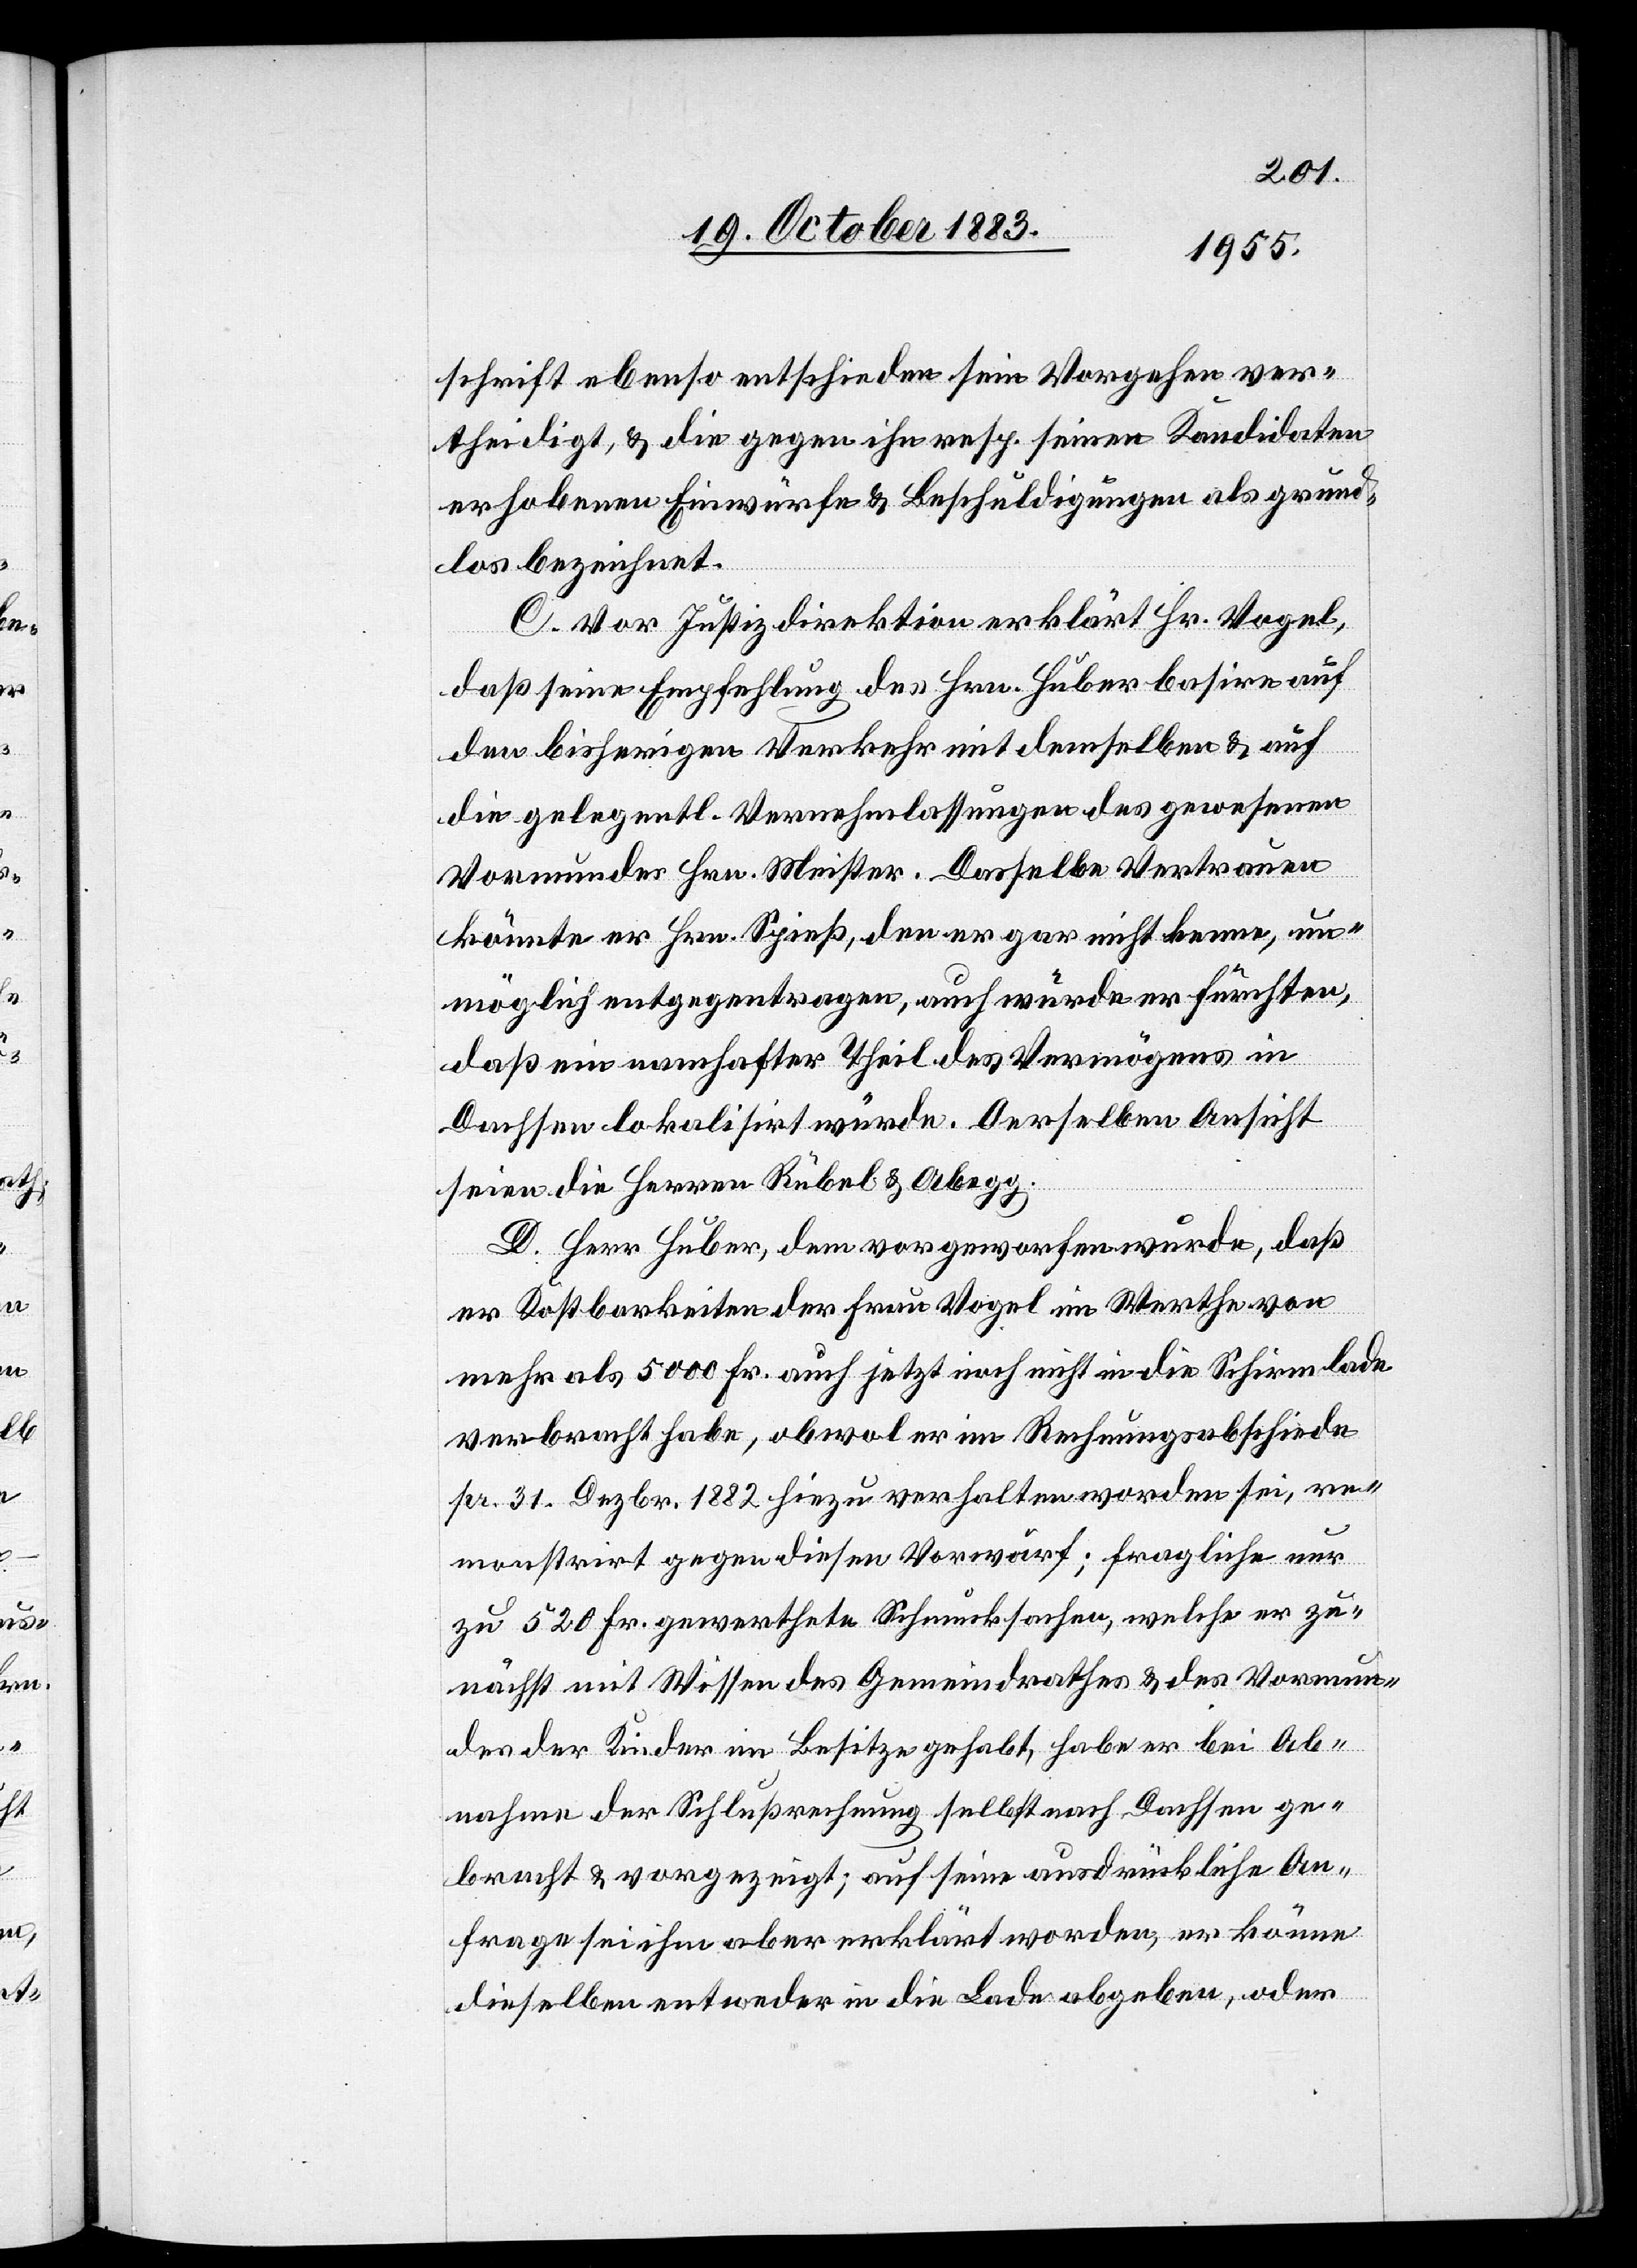
schrift ebenso entschieden sein Vorgehen ver¬
theidigt, & die gegen ihn resp. seine Kandidaten
erhobenen Einwürfe & Beschuldigungen als grund¬
los bezeichnet.
C. Vor Justizdirektion erklärt Hr. Vogel,
daß seine Empfehlung des Hrn. Huber basire auf
bisherigen Verkehr mit demselben & auf
die gelegentl. Vernehmlassungen des gewesenen
Vormundes Hrn. Meister. Dasselbe Vertrauen
könnte er Hrn. Spieß, den er gar nicht kenne, un¬
möglich entgegentragen, auch würde er fürchten,
daß ein namhafter Theil des Vermögens in
Dachsen lokalisirt würde. Derselben Ansicht
seien die Herren Rübel & Abegg.
D. Herr Huber, dem vorgeworfen wurde, daß
er Kostbarkeiten der Frau Vogel im Werthe von
mehr als 5000 Fr. auch jetzt noch nicht in die Schirmlade
verbracht habe, obwol er im Rechnungsabschiede
pr. 31. Dezbr. 1882 hiezu verhalten worden sei, re¬
monstrirt gegen diesen Vorwurf; fragliche nur
zu 520 Fr. gewerthete Schmucksachen, welche er zu¬
nächst mit Wissen des Gemeindrathes & des Vormun¬
des der Kinder im Besitze gehabt, habe er bei Ab¬
nahme der Schlußrechnung selbst nach Dachsen ge¬
bracht & vorgezeigt; auf seine ausdrückliche An¬
frage sei ihm aber erklärt worden, er könne
dieselben entweder in die Lade abgegeben, oder